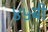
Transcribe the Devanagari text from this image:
४५बी